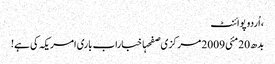
، اُردو پوائنٹ
بدھ 20 مئی 2009 مرکزی صفحہاخباراب باری امریکہ کی ہے!